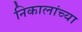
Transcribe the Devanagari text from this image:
निकालांच्या